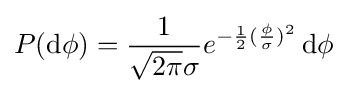
P({\text{d}}\phi )={\frac {1}{{\sqrt {2\pi }}\sigma }}e^{-{\frac {1}{2}}({\frac {\phi }{\sigma }})^{2}}\,{\text{d}}\phi